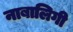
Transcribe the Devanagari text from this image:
नाबालिगी